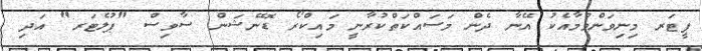
ޕީޓަރ މިނިވަންވުމާއެކު އޭނާ ދެން މަސައްކަތްކުރާނީ މައިކްރޯ ޑޮނޭޝަން ސާވިސް "ޕުލެޓަރ" އަދި